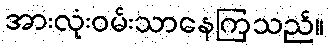
အားလုံးဝမ်းသာနေကြသည်။